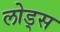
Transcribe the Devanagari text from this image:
लोड्स